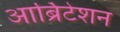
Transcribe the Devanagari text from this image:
आर्ब्रिटेशन